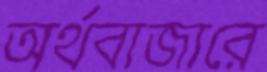
অর্থবাজারে